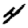
Digit: 4